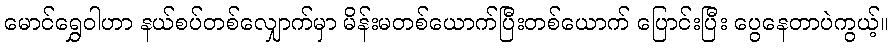
မောင်ရွှေဝါဟာ နယ်စပ်တစ်လျှောက်မှာ မိန်းမတစ်ယောက်ပြီးတစ်ယောက် ပြောင်းပြီး ပွေနေတာပဲကွယ့်။